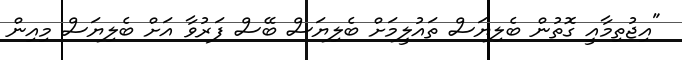
"އިޖުތިމާއީ ގޮތުން ބެލިޔަސް ތައުލީމަށް ބެލިޔަސް ބޭސް ފަރުވާ އަށް ބެލިޔަސް މިއިން